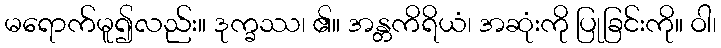
မရောက်မူ၍လည်း။ ဒုက္ခဿ၊ ၏။ အန္တကိရိယံ၊ အဆုံးကို ပြုခြင်းကို။ ဝါ၊